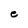
Character: e